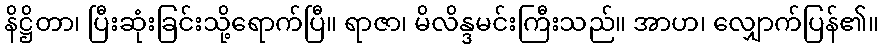
နိဋ္ဌိတာ၊ ပြီးဆုံးခြင်းသို့ရောက်ပြီ။ ရာဇာ၊ မိလိန္ဒမင်းကြီးသည်။ အာဟ၊ လျှောက်ပြန်၏။